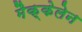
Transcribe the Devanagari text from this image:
मैक्केलेन